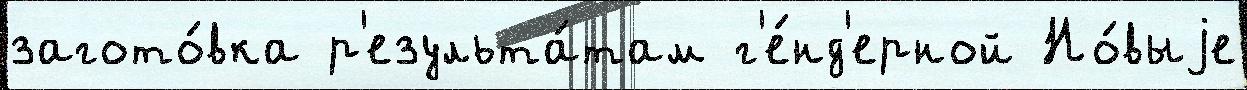
загото́вка р'езульта́там г'е́нд'ерной Но́выjе